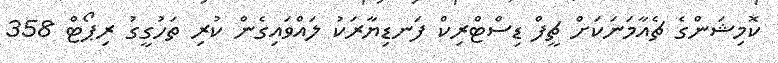
ކޮމިޝަންގެ ޗެއާމަނަކަށް ޗީފް ޑިސްޓްރިކް ފަނޑިޔާރަކު ލައްވައިގެން ކުރި ތަހުގީގު ރިޕޯޓް 358